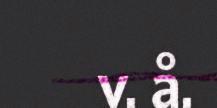
v. å.